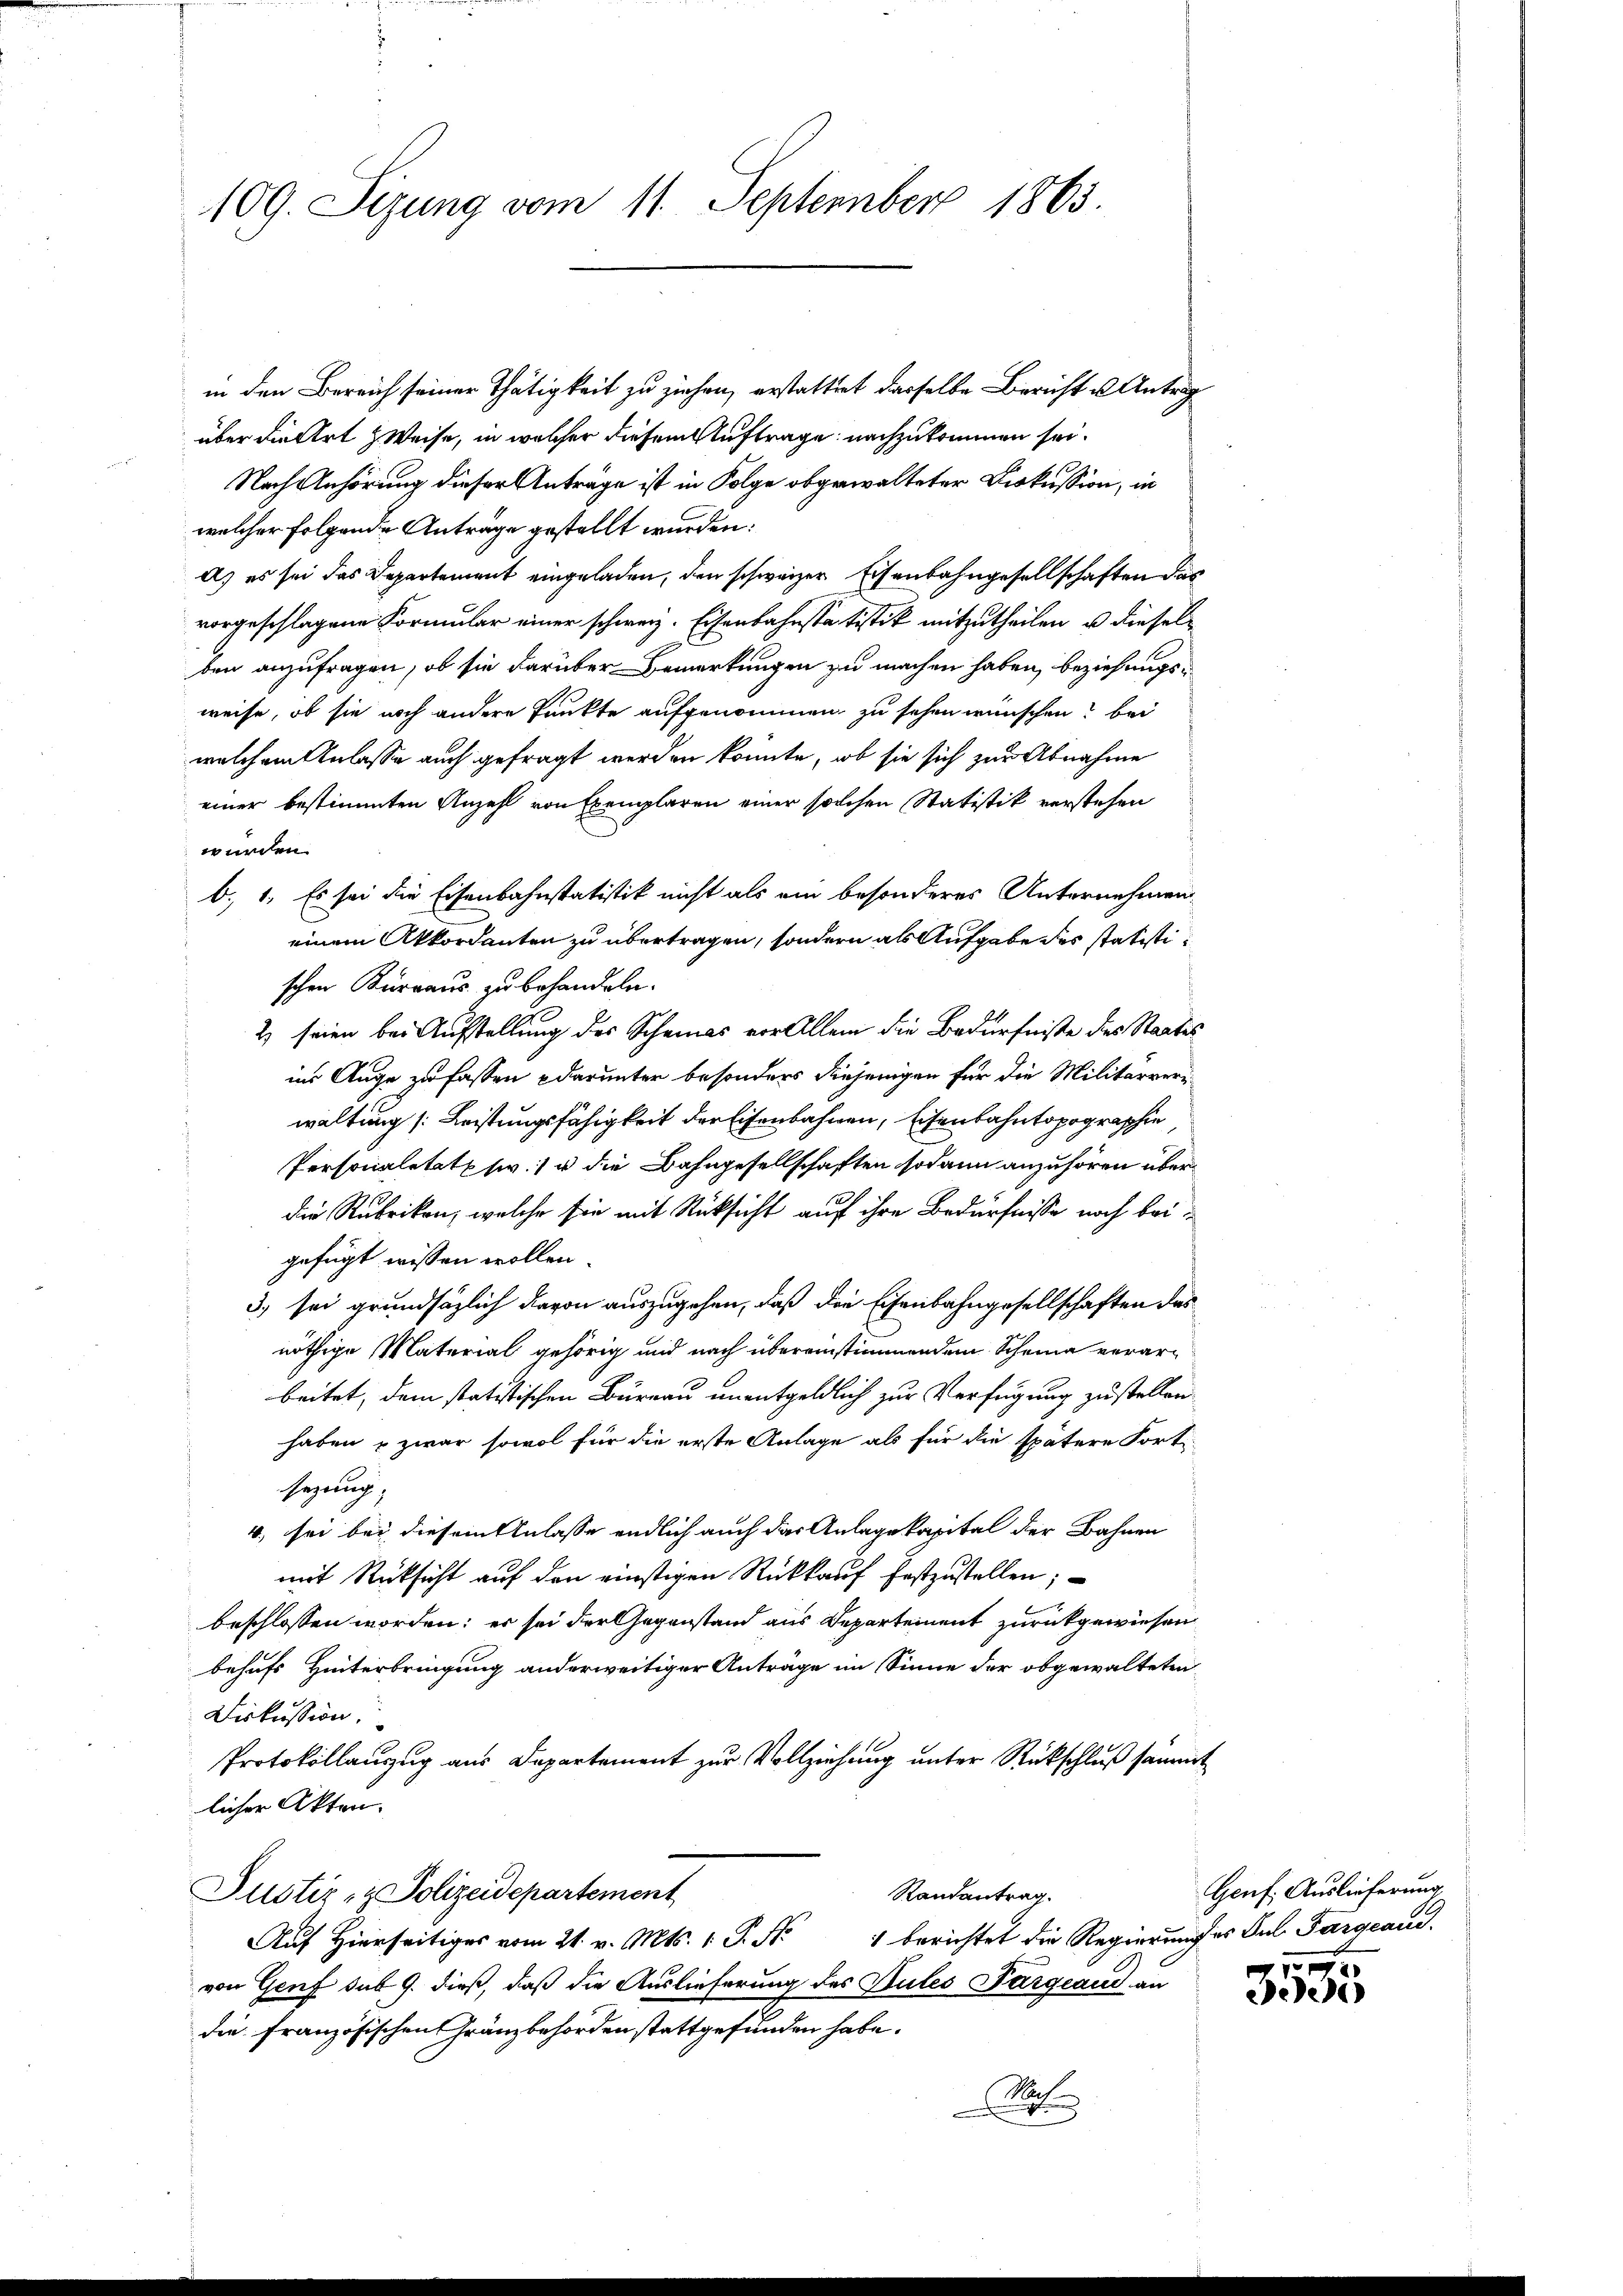
109. Sizung vom 11. September 1863.

in den Bereich seiner Thätigkeit zu ziehen, erstattet dasselbe Bericht u Antrag
über die Art zweise, in welcher diesem Auftrage nachzukommen sei.
1
Nach Anhörung dieser Anträge ist in Folge obgewalteter Diskussion, in
welcher folgende Anträge gestellt wurden:
A) es sei das Departement eingeladen, den schweizer Eisenbahngesellschaften das
vorgeschlagene Formular einer schweiz. Eisenbahnstatistik mitzutheilen, u. dieselben anzufragen, ob sie darüber Bemerkungen zu machen haben, beziehungsweise, ob sie noch andere Punkte aufgenommen, zu sehen wünschen? Bei
welchem Anlasse auch gefragt werden könnte, ob sie sich zur Abnahme
einer bestimmten Anzahl von Exemplaren einer solchen Statistik verstehen
wurden.
b. 1. Es sei die Eisenbahnstatistik nicht als ein besonderes Unternehmen
einem Akkordanten zu übertragen, sondern als Aufgabe des statistischen Kurraus zu behandeln.
2) seien bei Aufstellung des Scheines vor Allem die Bedürfniße des Staates
ins Auge zu fassen darunter besonders diejenigen für die Militärreriwaltung (: Leistungsfähigkeit der Eisenbahnen, Eisenbahntopographie
Personaletat v. u die Bahngesellschaften sodann anzuhören überdie Rubrikon, welche sie mit Rücksicht auf ihre Bedürfnisse noch beigefügt wissen wollen.
3. sei grundsätzlich davon auszugehen, daß die Eisenbahngesellschaften das
nöthige Material gehörig und nach übereinstimmendem Scheina verarbeitet, dem statistischen Büreau unentgeldlich zur Verfügung zustellen.
haben & zwar sowol für die erste Anlage als für die spätere Fort-
sezung;
4., sei bei diesem Anlasse endlich auch das Anlagekapital der Bahnen
mit Rücksicht auf den einstigen Rückkauf festzustellen;
beschlossen worden; er sei der Gegenstand aus Departement zurückgewiesen
behufs Hinterbringung anderweitiger Anträge im Sinne der obgewalteten
Diskussion.
Protokollanzug aus Departement zur Vollziehung unter Rückschluß sämmt
licher Akten.
Justiz- & Polizeidepartement
Randantrag.
Auf Hierseitiges vom 21. v. Mts. 1. P. Nr. 1 berichtet die Regierunges Jul. Pargeaud.
von Genf sub 9. dieß, daß die Auslieferung des Sules Nargeaud, an
die französischen Gränzbehörden stattgefunden habe.
Nach

Genf. Auslieferung

3535